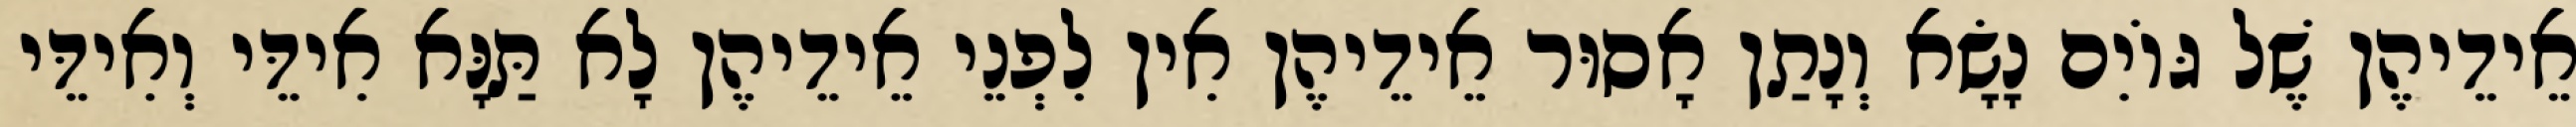
אֵידֵיהֶן שֶׁל גּוֹיִם נָשָׂא וְנָתַן אָסוּר אֵידֵיהֶן אִין לִפְנֵי אֵידֵיהֶן לָא תַּנָּא אִידֵּי וְאִידֵּי